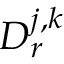
D _ { r } ^ { j , k }